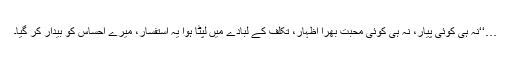
…‘‘نہ ہی کوئی پیار، نہ ہی کوئی محبت بھرا اظہار، تکلف کے لبادے میں لپٹا ہوا یہ استفسار، میرے احساس کو بیدار کر گیا۔